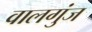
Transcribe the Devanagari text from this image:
वालगुंज